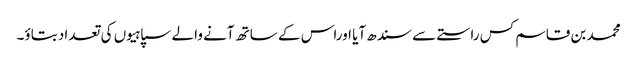
محمد بن قاسم کس راستے سے سندھ آیا اوراس کے ساتھ آنے والے سپاہیوں کی تعداد بتاؤ۔